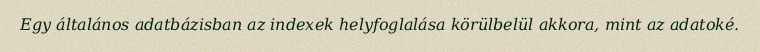
Egy általános adatbázisban az indexek helyfoglalása körülbelül akkora, mint az adatoké.